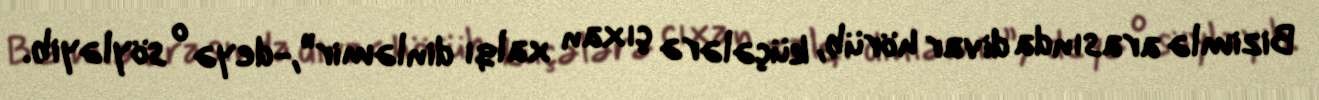
Bizimlə arasında divar hörüb, küçələrə çıxan xalqı dinləmir”,-deyə o söyləyib.